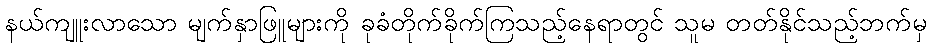
နယ်ကျူးလာသော မျက်နှာဖြူများကို ခုခံတိုက်ခိုက်ကြသည့်နေရာတွင် သူမ တတ်နိုင်သည့်ဘက်မှ